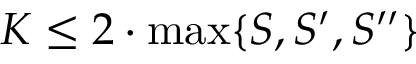
K \le 2 \cdot \operatorname* { m a x } \{ S , S ^ { \prime } , S ^ { \prime \prime } \}